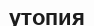
утопия